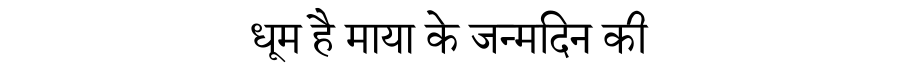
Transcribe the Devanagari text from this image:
धूम है माया के जन्मदिन की